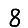
Digit: 8